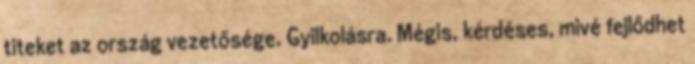
titeket az ország vezetősége. Gyilkolásra. Mégis, kérdéses, mivé fejlődhet